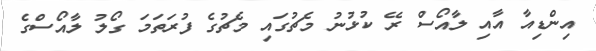
އިންޑިއާ އާއި ލާއޯސް ރޭ ކުޅުނު މެޗުގައި މެޗުގެ ފުރަތަމަ ގޯލު ލާއޯސްގެ